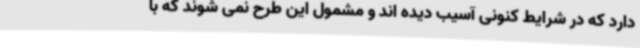
دارد که در شرایط کنونی آسیب دیده اند و مشمول این طرح نمی شوند که با